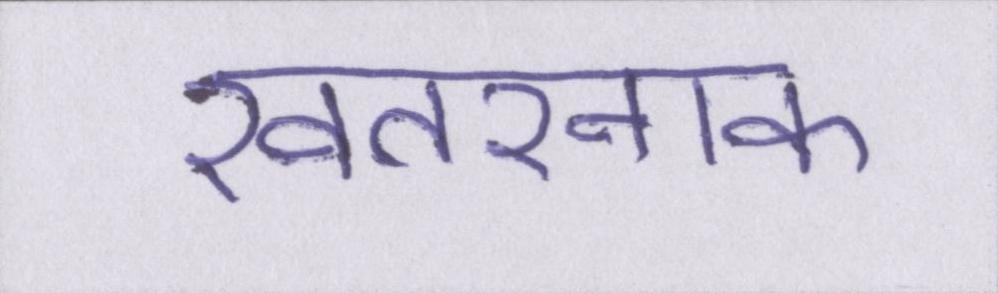
खतरनाक